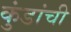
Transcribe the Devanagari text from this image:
कुंडांची